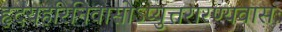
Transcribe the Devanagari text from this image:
हृदयहरिनिवासोऽप्युत्तरारण्यवासः